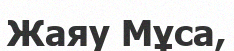
Жаяу Мұса,